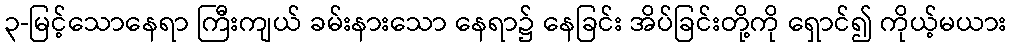
၃-မြင့်သောနေရာ ကြီးကျယ် ခမ်းနားသော နေရာ၌ နေခြင်း အိပ်ခြင်းတို့ကို ရှောင်၍ ကိုယ့်မယား